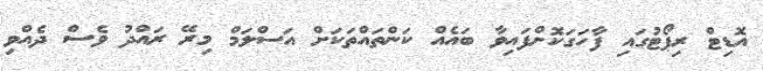
އޮޑިޓް ރިޕޯޓުގައި ފާހަގަކޮށްފައިވާ ބައެއް ކަންތައްތަކަށް އަސްލަމް މިރޭ ރައްދު ވެސް ދެއްވި